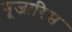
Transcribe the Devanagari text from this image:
गूजारिस